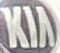
KIA